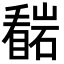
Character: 𭿠